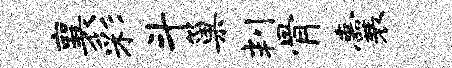
襄彩斗巢判骨囊